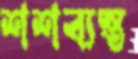
শশব্যস্ত